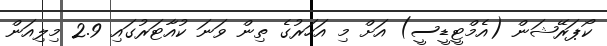
ކޯޕަރޭޝަން (އެމްޓީޑީސީ) އަށް މި އަހަރުގެ ތިން ވަނަ ކުއާޓަރުގައި 2.9 މިލިއަން